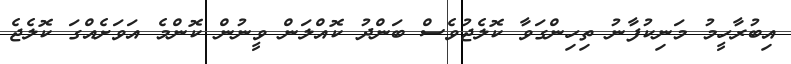
އިބުރާހީމު މަނިކުފާނު ތިހިންގަވާ ކޮލެޖުވެސް ބަންދު ކޮއްލަން ވީނުން ކޮންމެ އަވަށެއްގަ ކޮލެޖެ